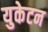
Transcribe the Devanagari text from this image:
युकेटन